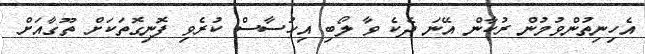
އެހިނިތުންވުމުން ރުކާން އޭނަ ދެކެ ވާ ލޯބި އިހުސާސް ކުރެވި ފޮނިގޮތަކަށް ތޫގާއަށް